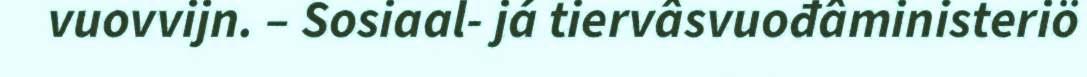
vuovvijn. – Sosiaal- já tiervâsvuođâministeriö